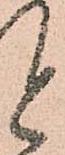
と